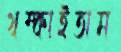
থম্‌কাইতাম